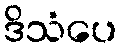
ဒိသံပေ